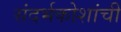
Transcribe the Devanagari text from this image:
संदर्भकोशांची